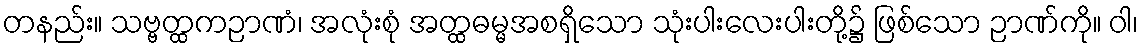
တနည်း။ သဗ္ဗတ္ထကဉာဏံ၊ အလုံးစုံ အတ္ထဓမ္မအစရှိသော သုံးပါးလေးပါးတို့၌ ဖြစ်သော ဉာဏ်ကို။ ဝါ၊